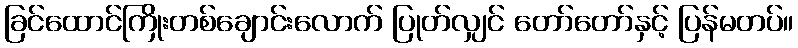
ခြင်ထောင်ကြိုးတစ်ချောင်းလောက် ပြုတ်လျှင် တော်တော်နှင့် ပြန်မတပ်။